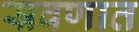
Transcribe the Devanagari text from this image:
स्रवणात